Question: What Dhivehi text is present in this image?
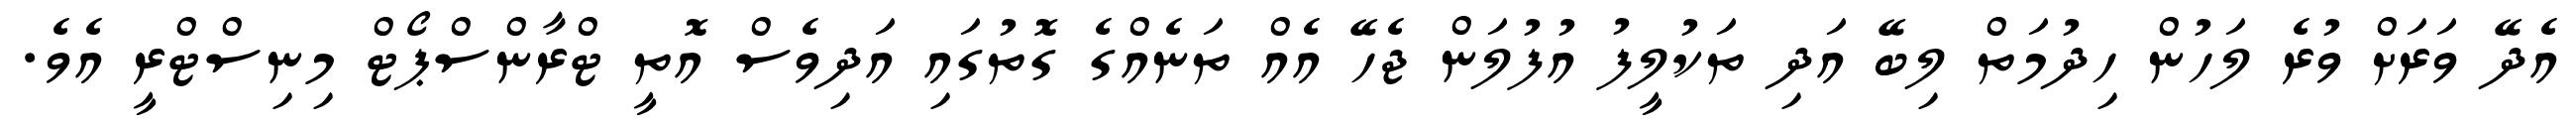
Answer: އެދޭ ވަރަށް ވުރެ ލަހުން ހިދުމަތް ލިބޭ އަދި ތަކުލީފު އުފުލަން ޖެހޭ އެއް ތަނެއްގެ ގޮތުގައި އަދިވެސް އޮތީ ޓްރާންސްޕޯޓް މިނިސްޓްރީ އެވެ.